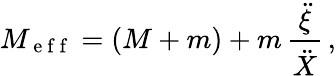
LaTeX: M_{\mathrm{~e~f~f~}}=(M+m)+m\, \frac{\ddot{\xi}}{\ddot{X}}\, ,